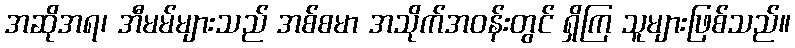
အဆိုအရ၊ အီမမ်များသည် အစ်စမာ အသိုက်အဝန်းတွင် ရှိကြ သူများဖြစ်သည်။